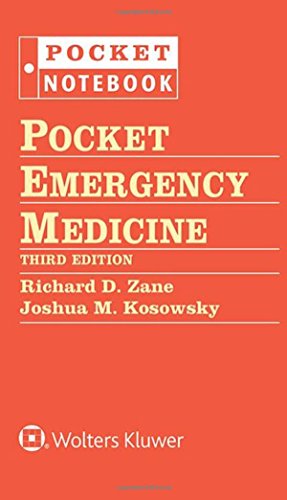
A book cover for Pocket Emergency Medicine (Pocket Notebook Series); Medical Books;